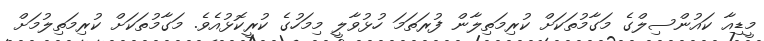
މީޑިއާ ކައުންސިލްގެ މަގާމުތަކަށް ކުރިމަތިލާން ފުރަތަމަ ހުޅުވާލީ މިމަހުގެ ކުރީކޮޅުއެވެ. މަގާމުތަކަށް ކުރިމަތިލުމަށް